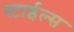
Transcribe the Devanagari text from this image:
स्टाईल्स